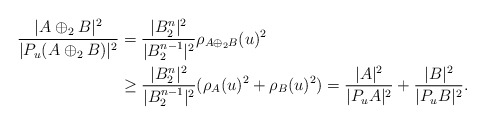
\begin{align*}\frac{|A\oplus_2 B|^2}{|P_u(A\oplus_2 B)|^2}&=\frac{|B_2^n|^2}{|B_2^{n-1}|^2}\rho_{A\oplus_2B}(u)^2 \\&\ge\frac{|B_2^n|^2}{|B_2^{n-1}|^2}(\rho_{A}(u)^2+\rho_{B}(u)^2)=\frac{|A|^2}{|P_uA|^2}+\frac{|B|^2}{|P_uB|^2}.\end{align*}